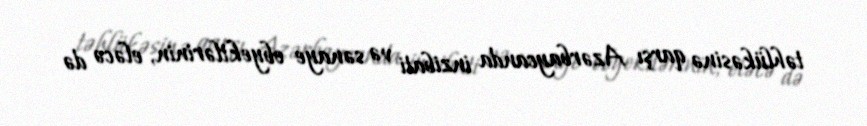
təhlükəsinə qarşı Azərbaycanda inzibati və sənaye obyektlərinin, eləcə də